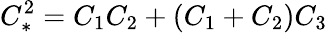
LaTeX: C_{*}^{2}={C_{1}C_{2}+{\left(C_{1}+C_{2}\right)}C_{3}}